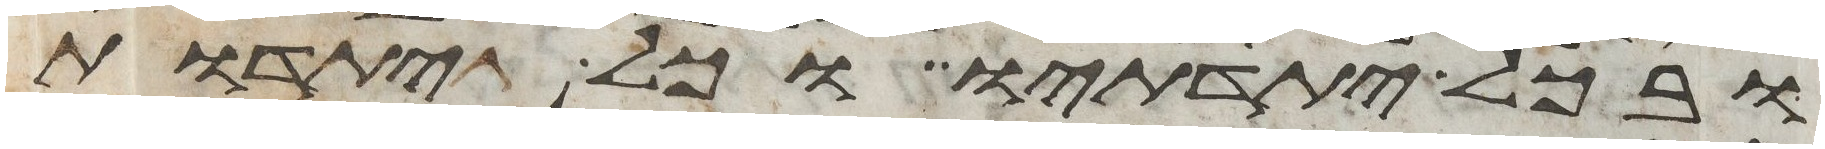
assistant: ובכל יתדתיו וכל יתדות